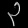
Digit: ၃